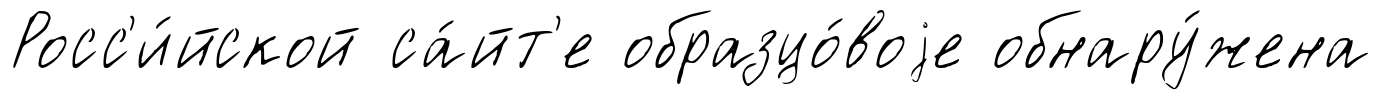
Росс'и́йской са́йт'е образцо́воjе обнару́жена